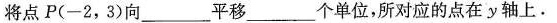
将点P（-2,3）向___ 平移___个单位，所对应的点在y轴上.